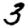
Digit: 3